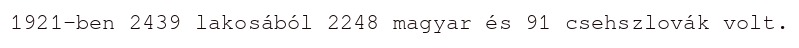
1921-ben 2439 lakosából 2248 magyar és 91 csehszlovák volt.